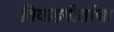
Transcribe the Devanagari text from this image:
विवाहगीतांचा